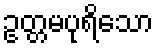
ဥတ္တမပုရိသော